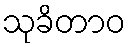
သုခိတာဝ